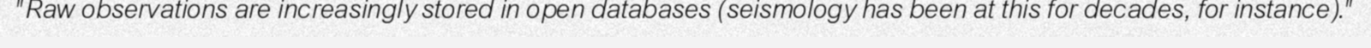
"Raw observations are increasingly stored in open databases (seismology has been at this for decades, for instance)."